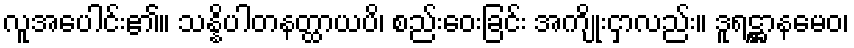
လူအပေါင်း၏။ သန္နိပါတနတ္ထာယပိ၊ စည်းဝေးခြင်း အကျိုးငှာလည်း။ ဒူရဋ္ဌာနမေဝ၊